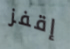
إقفز